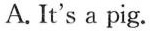
A. It's a pig.